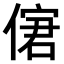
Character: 𠌣